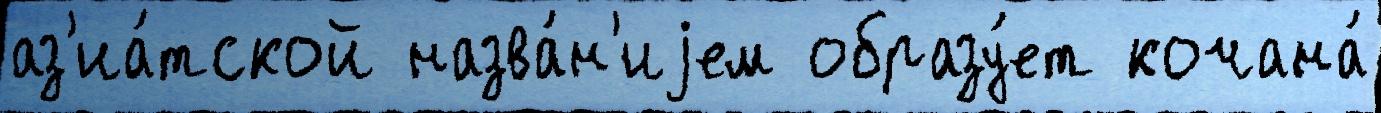
аз'иа́тской назва́н'иjем образу́ет кочана́